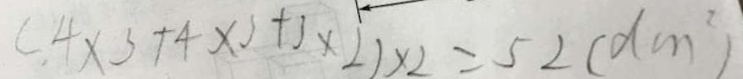
( 4 \times 3 + 4 \times 3 + 3 \times 2 ) \times 2 = 5 2 ( d m ^ { 2 } )